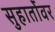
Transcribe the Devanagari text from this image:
सुहार्तोवर